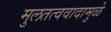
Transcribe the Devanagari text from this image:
मुलतत्ववादामुळे